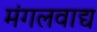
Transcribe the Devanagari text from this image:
मंगलवाद्य